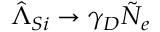
\hat { \Lambda } _ { S i } \rightarrow \gamma _ { D } \tilde { N } _ { e }